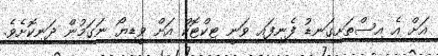
އަށް އެ އިސްތަށިގަނޑު ފެނިފައި ވަނީ ޓިކްޓޮކް އަށް ވީޑިޔޯ ނަގަމުން ދަނިކޮށެވެ.